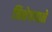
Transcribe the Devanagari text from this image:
निक्षेपणाने